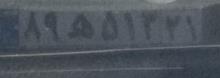
۸۹ه۵۱۳۲۱